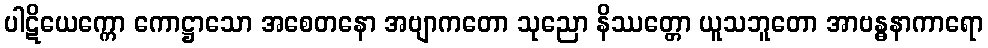
ပါဋိယေက္ကော ကောဋ္ဌာသော အစေတနော အဗျာကတော သုညော နိဿတ္တော ယူသဘူတော အာဗန္ဓနာကာရော